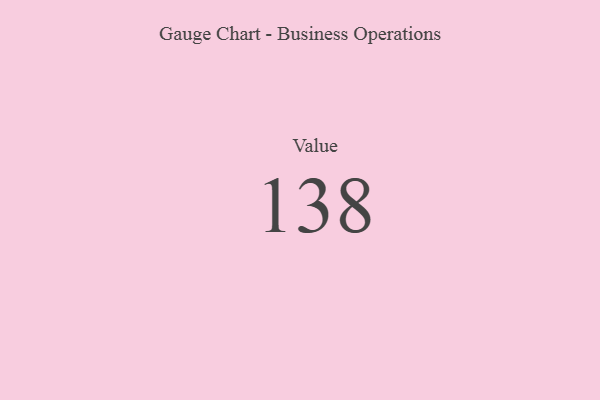
{"axis": {"x": "Metric", "y": "Value"}, "legend": [""], "data": [{"x": "Value", "y": 138, "type": ""}]}